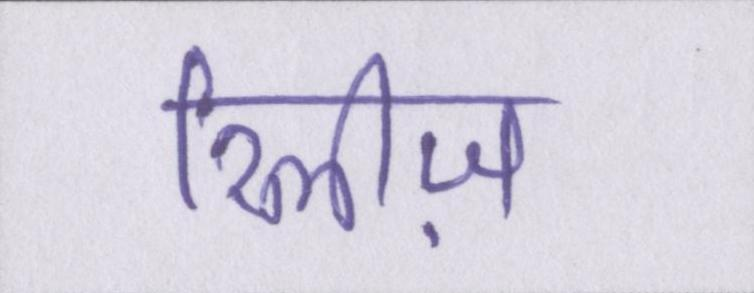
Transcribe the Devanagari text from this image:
रिलीज़